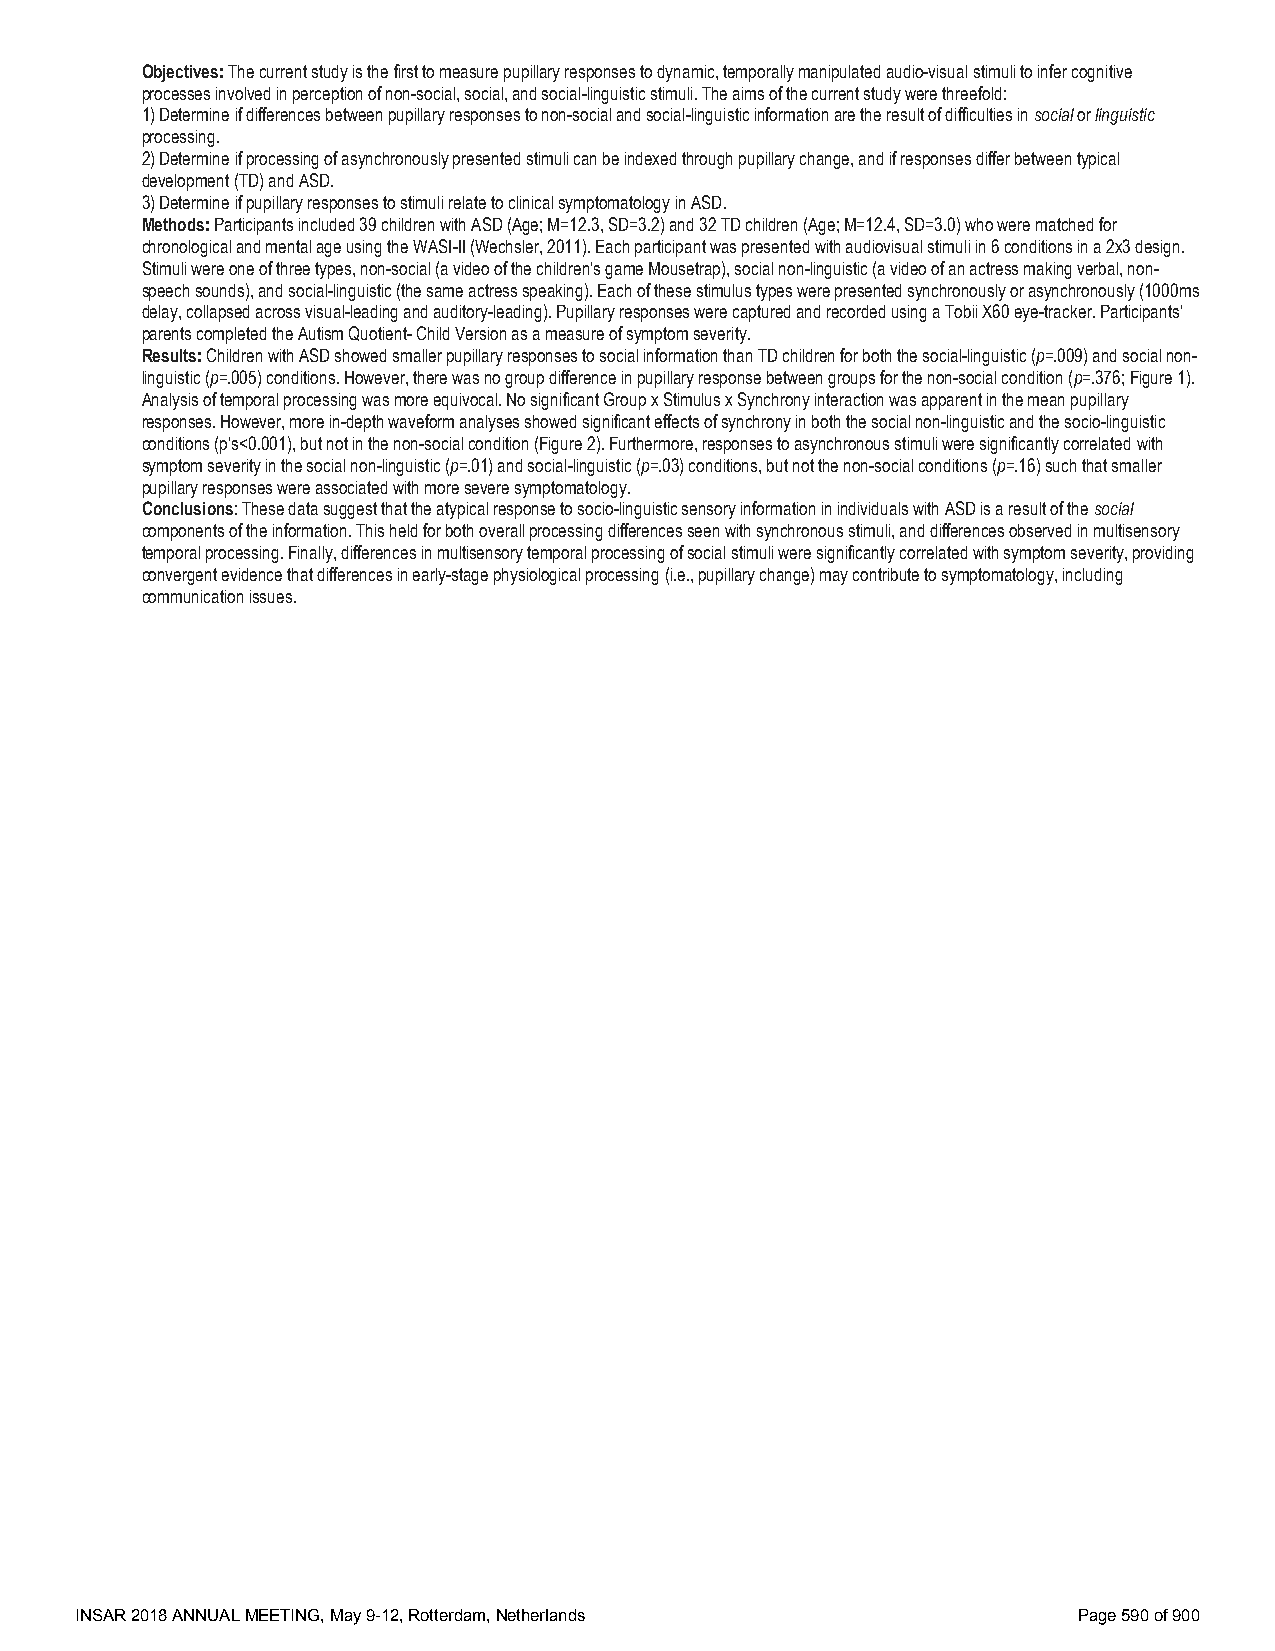
Objectives: The current study is the first to measure pupillary responses to dynamic, temporally manipulated audio-visual stimuli to infer cognitive
 processes involved in perception of non-social, social, and social-linguistic stimuli. The aims of the current study were threefold:
 1) Determine if differences between pupillary responses to non-social and social-linguistic information are the result of difficulties in social or linguistic
 processing.
 2) Determine if processing of asynchronously presented stimuli can be indexed through pupillary change, and if responses differ between typical
 development (TD) and ASD.
 3) Determine if pupillary responses to stimuli relate to clinical symptomatology in ASD.
 Methods: Participants included 39 children with ASD (Age; M=12.3, SD=3.2) and 32 TD children (Age; M=12.4, SD=3.0) who were matched for
 chronological and mental age using the WASI-II (Wechsler, 2011). Each participant was presented with audiovisual stimuli in 6 conditions in a 2x3 design.
 Stimuli were one of three types, non-social (a video of the children’s game Mousetrap), social non-linguistic (a video of an actress making verbal, non-
 speech sounds), and social-linguistic (the same actress speaking). Each of these stimulus types were presented synchronously or asynchronously (1000ms
 delay, collapsed across visual-leading and auditory-leading). Pupillary responses were captured and recorded using a Tobii X60 eye-tracker. Participants’
 parents completed the Autism Quotient- Child Version as a measure of symptom severity.
 Results: Children with ASD showed smaller pupillary responses to social information than TD children for both the social-linguistic (p=.009) and social non-
 linguistic (p=.005) conditions. However, there was no group difference in pupillary response between groups for the non-social condition (p=.376; Figure 1).
 Analysis of temporal processing was more equivocal. No significant Group x Stimulus x Synchrony interaction was apparent in the mean pupillary
 responses. However, more in-depth waveform analyses showed significant effects of synchrony in both the social non-linguistic and the socio-linguistic
 conditions (p’s<0.001), but not in the non-social condition (Figure 2). Furthermore, responses to asynchronous stimuli were significantly correlated with
 symptom severity in the social non-linguistic (p=.01) and social-linguistic (p=.03) conditions, but not the non-social conditions (p=.16) such that smaller
 pupillary responses were associated with more severe symptomatology.
 Conclusions: These data suggest that the atypical response to socio-linguistic sensory information in individuals with ASD is a result of the social
 components of the information. This held for both overall processing differences seen with synchronous stimuli, and differences observed in multisensory
 temporal processing. Finally, differences in multisensory temporal processing of social stimuli were significantly correlated with symptom severity, providing
 convergent evidence that differences in early-stage physiological processing (i.e., pupillary change) may contribute to symptomatology, including
 communication issues.
 INSAR 2018 ANNUAL MEETING, May 9-12, Rotterdam, Netherlands       Page 590 of 900